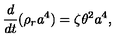
\frac { d } { d t } ( \rho _ { r } a ^ { 4 } ) = \zeta \theta ^ { 2 } a ^ { 4 } ,